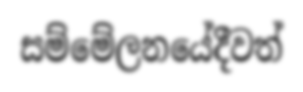
සම්මේලනයේදීවත්